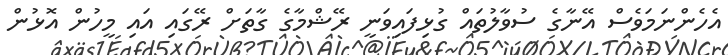
އެހެންނަމަވެސް އޭނާގެ ސުވާލުތައް ގުޅިފައިވަނީ ރޭޝްމާގެ ގާތަށް ރޭގައި އައި މީހުން އޮޅުން